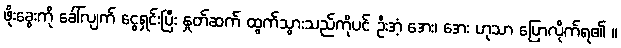
ဖိုးခွေးကို ခေါ်လျက် ငွေရှင်းပြီး နှုတ်ဆက် ထွက်သွားသည်ကိုပင် ဦးအံ့ အေး၊ အေး ဟုသာ ပြောလိုက်ရ၏ ။